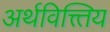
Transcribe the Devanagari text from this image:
अर्थवित्त्तिय